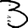
Digit: 3